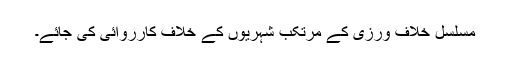
مسلسل خلاف ورزی کے مرتکب شہریوں کے خلاف کارروائی کی جائے۔